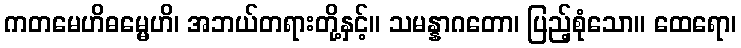
ကတမေဟိဓမ္မေဟိ၊ အဘယ်တရားတို့နှင့်။ သမန္နာဂတော၊ ပြည့်စုံသော။ ထေရော၊